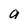
Character: a